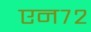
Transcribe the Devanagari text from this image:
एन७२